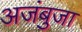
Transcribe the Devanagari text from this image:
अजंबुजा